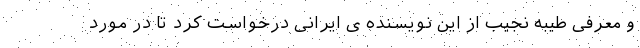
و معرفی طیبه نجیب از این نویسنده ی ایرانی درخواست کرد تا در مورد